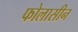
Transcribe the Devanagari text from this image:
फोलासीन